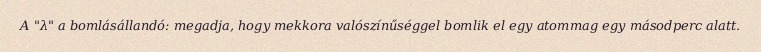
A "λ" a bomlásállandó: megadja, hogy mekkora valószínűséggel bomlik el egy atommag egy másodperc alatt.